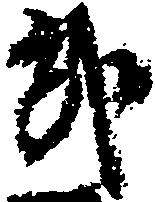
武